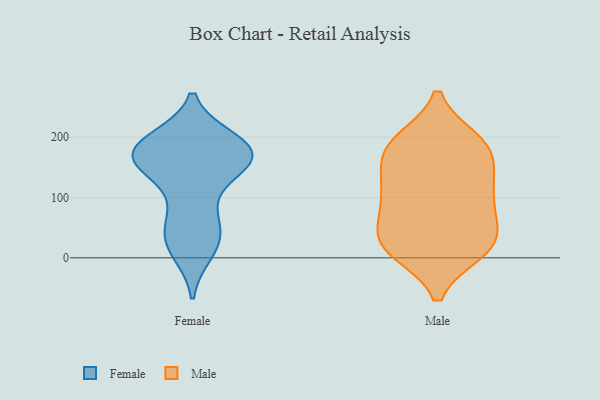
{"axis": {"x": "Production Output", "y": "Value"}, "legend": ["Female", "Male"], "data": [{"x": "", "y": 139, "type": "Female"}, {"x": "", "y": 194, "type": "Female"}, {"x": "", "y": 21, "type": "Female"}, {"x": "", "y": 71, "type": "Female"}, {"x": "", "y": 169, "type": "Female"}, {"x": "", "y": 181, "type": "Female"}, {"x": "", "y": 173, "type": "Female"}, {"x": "", "y": 71, "type": "Female"}, {"x": "", "y": 29, "type": "Female"}, {"x": "", "y": 178, "type": "Female"}, {"x": "", "y": 186, "type": "Female"}, {"x": "", "y": 161, "type": "Female"}, {"x": "", "y": 145, "type": "Female"}, {"x": "", "y": 160, "type": "Female"}, {"x": "", "y": 190, "type": "Female"}, {"x": "", "y": 168, "type": "Female"}, {"x": "", "y": 11, "type": "Female"}, {"x": "", "y": 39, "type": "Female"}, {"x": "", "y": 38, "type": "Male"}, {"x": "", "y": 100, "type": "Male"}, {"x": "", "y": 125, "type": "Male"}, {"x": "", "y": 97, "type": "Male"}, {"x": "", "y": 19, "type": "Male"}, {"x": "", "y": 12, "type": "Male"}, {"x": "", "y": 194, "type": "Male"}, {"x": "", "y": 11, "type": "Male"}, {"x": "", "y": 43, "type": "Male"}, {"x": "", "y": 194, "type": "Male"}, {"x": "", "y": 162, "type": "Male"}, {"x": "", "y": 118, "type": "Male"}, {"x": "", "y": 87, "type": "Male"}, {"x": "", "y": 50, "type": "Male"}, {"x": "", "y": 185, "type": "Male"}, {"x": "", "y": 12, "type": "Male"}, {"x": "", "y": 186, "type": "Male"}, {"x": "", "y": 158, "type": "Male"}]}